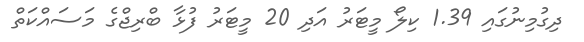
ދިގުމިނުގައި 1.39 ކިލޯ މީޓަރު އަދި 20 މީޓަރު ފުޅާ ބްރިޖްގެ މަސައްކަތް